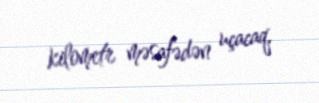
kilometr məsafədən uçacaq.